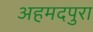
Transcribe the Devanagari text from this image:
अहमदपुरा